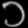
Digit: ၁